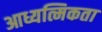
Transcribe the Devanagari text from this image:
आध्यत्मिकता